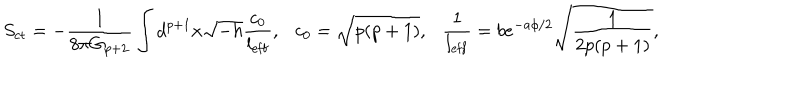
S _ { \mathrm { c t } } = - \frac { 1 } { 8 \pi G _ { p + 2 } } \int d ^ { p + 1 } x \sqrt { - h } \frac { c _ { 0 } } { l _ { \mathrm { e f f } } } , \ \ \ c _ { 0 } = \sqrt { p ( p + 1 ) } , \ \ \ \frac { 1 } { l _ { \mathrm { e f f } } } = b e ^ { - a \phi / 2 } \sqrt { \frac { 1 } { 2 p ( p + 1 ) } } ,